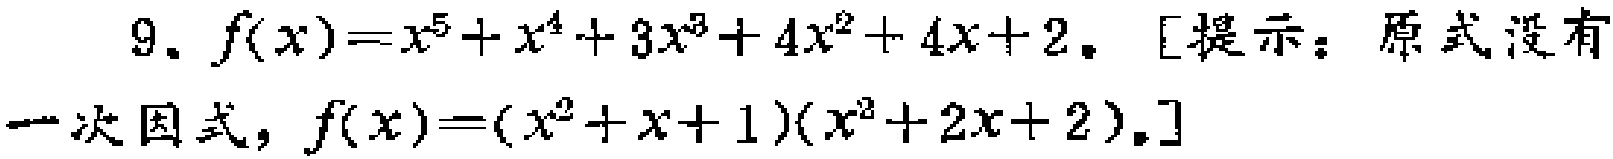
9. $f(x)=x^{5}+x^{4}+3x^{3}+4x^{2}+4x + 2$. [提示：原式没有一次因式，$f(x)=(x^{2}+x + 1)(x^{2}+2x + 2)$.]